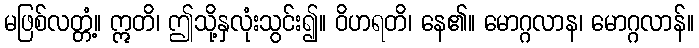
မဖြစ်လတ္တံ့။ ဣတိ၊ ဤသို့နှလုံးသွင်း၍။ ဝိဟရတိ၊ နေ၏။ မောဂ္ဂလာန၊ မောဂ္ဂလာန်။